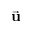
\vec { \bf u }